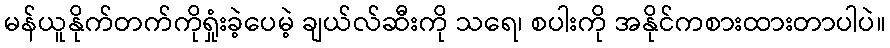
မန်ယူနိုက်တက်ကိုရှုံးခဲ့ပေမဲ့ ချယ်လ်ဆီးကို သရေ၊ စပါးကို အနိုင်ကစားထားတာပါပဲ။